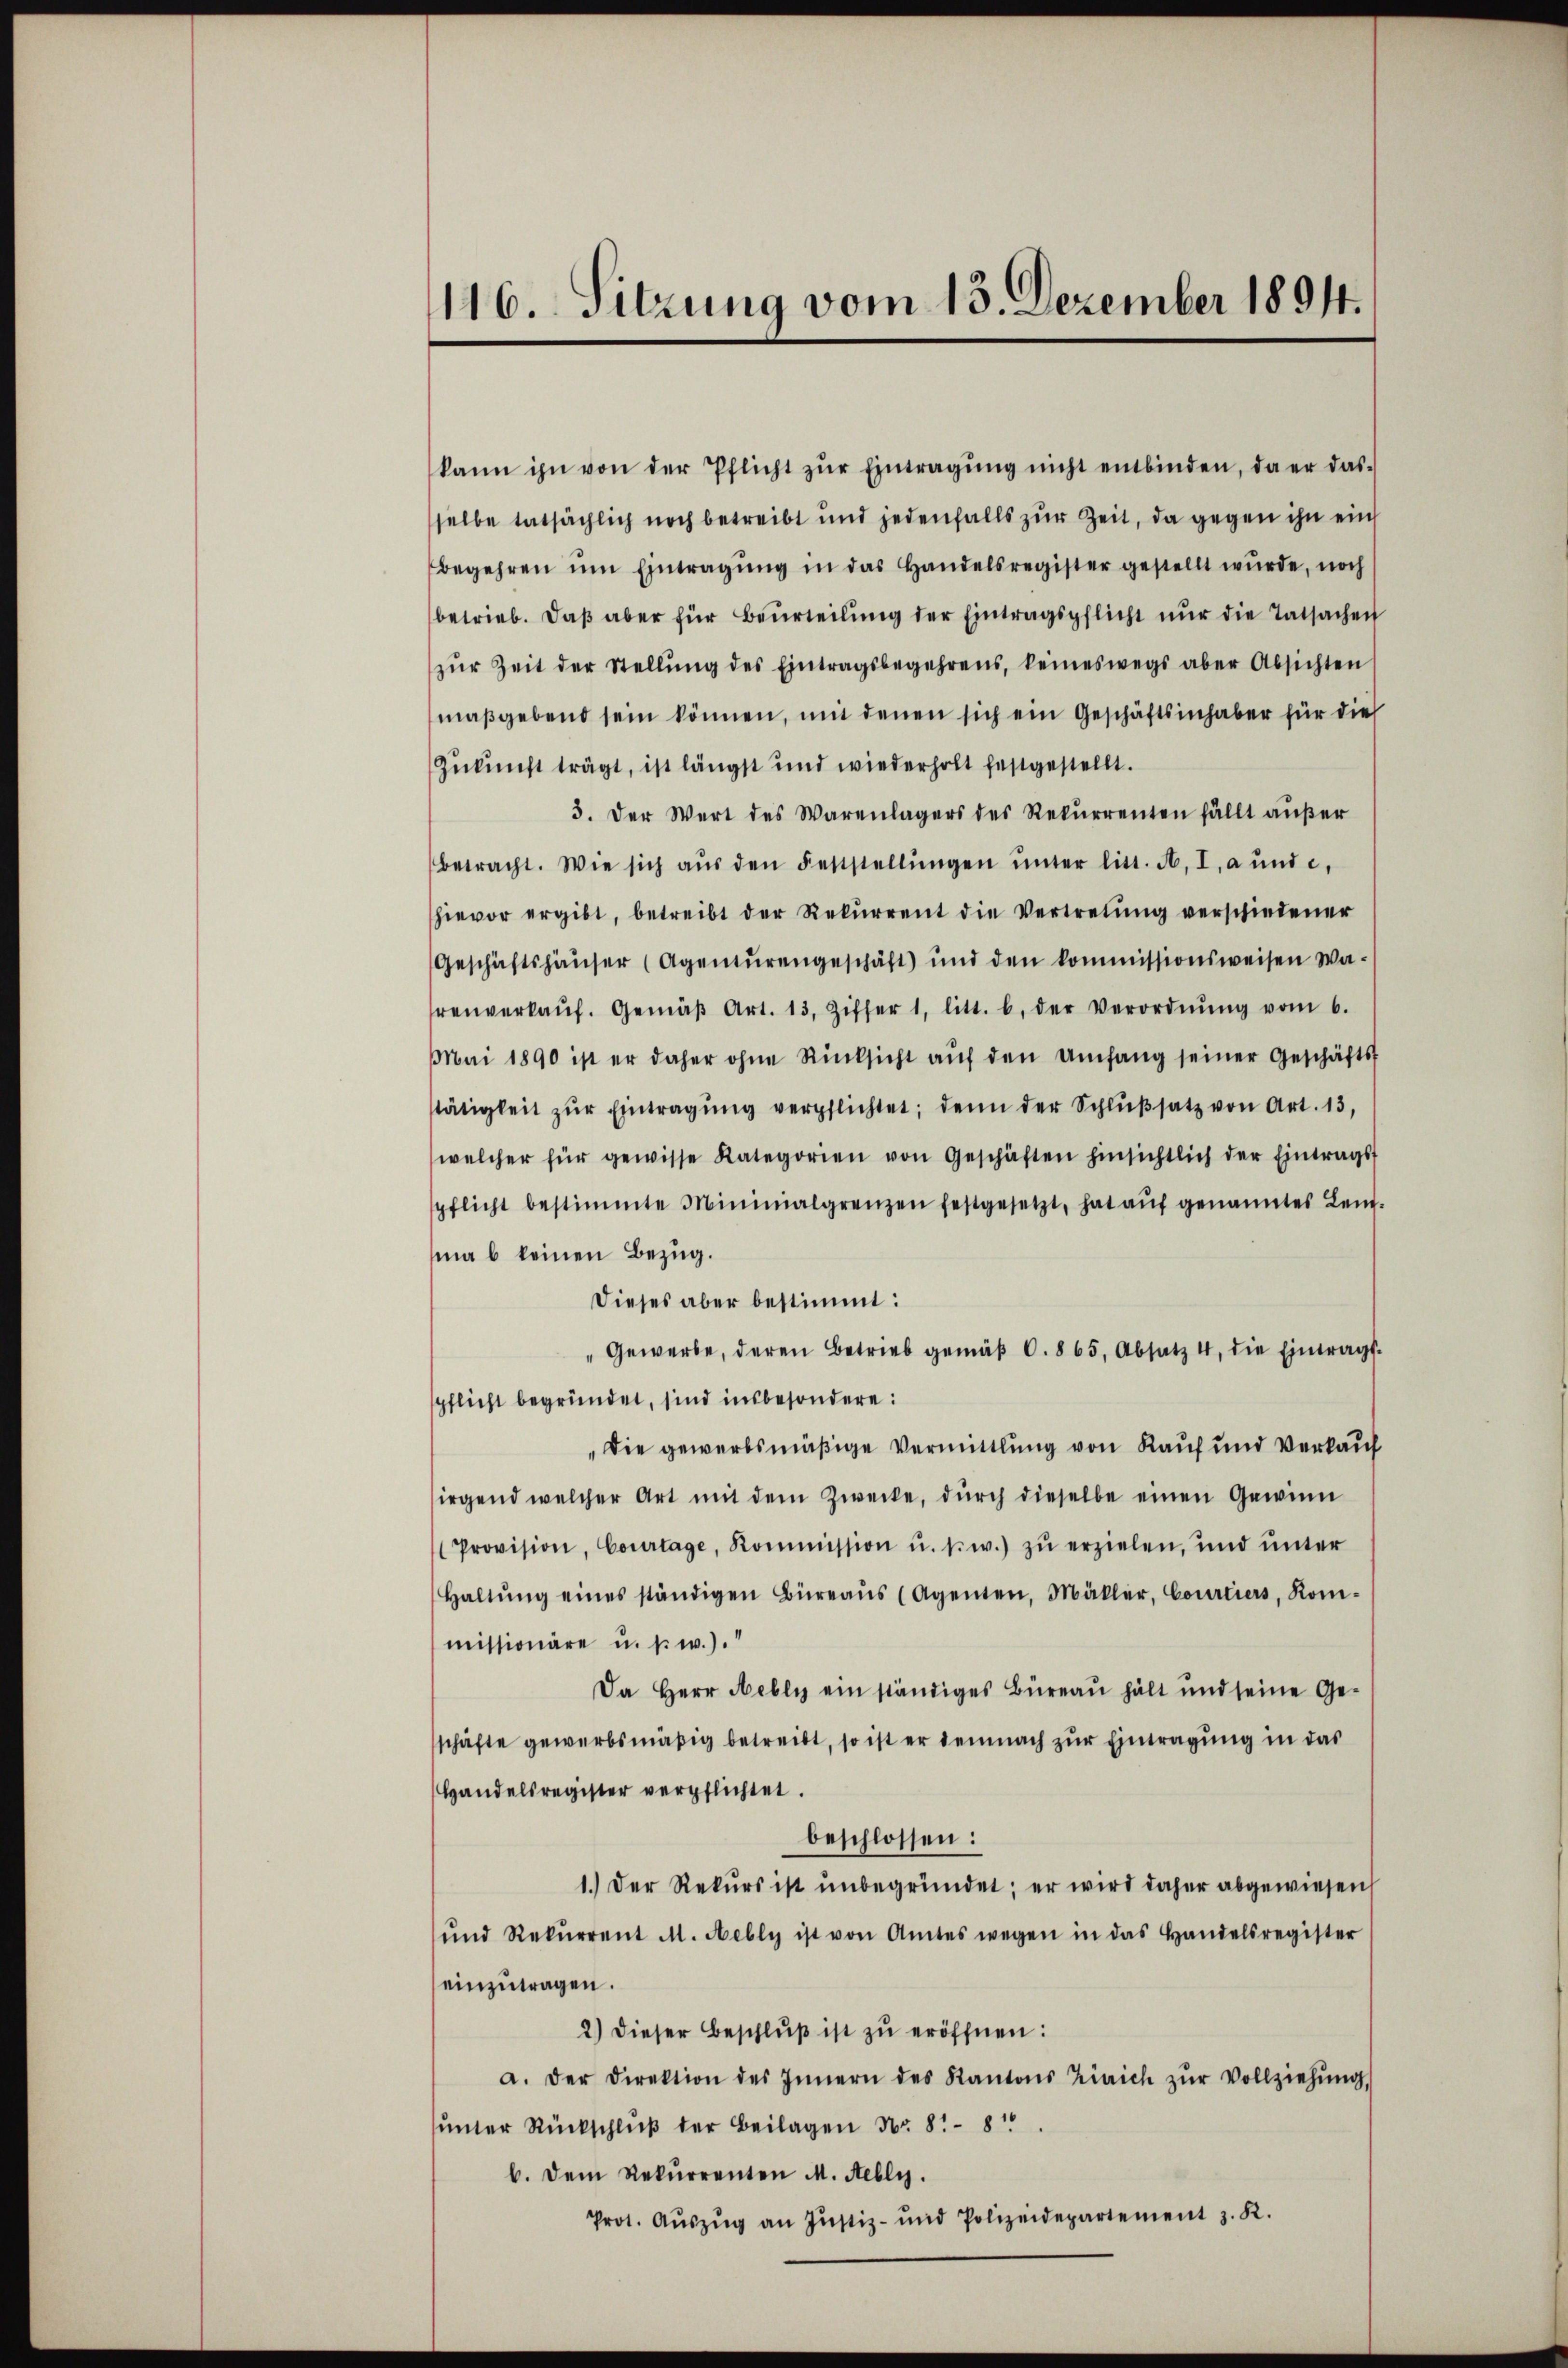
116. Sitzung vom 13. Dezember 1894.

kann ihn von der Pflicht zŭr Eintragŭng nicht entbinden, da er das
selbe tatsächlich noch betreibt und jedenfalls zur Zeit, da gegen ihn ein
Begehren ŭm Eintragŭng in das Handelsregister gestellt wŭrde, noch
betrieb. daβ aber für Beurteilŭng der Eintragspflicht nŭr die Tatsachen
zŭr Zeit der Stellŭng des Eintragsbegehrens, keineswegs aber Absichten
maßgebend sein können, mit denen sich ein Geschäftsinhaber für die
Zukunft trägt, ist längst und wiederholt festgestellt.
3. Der Wert des Warenlagers des Rekurrenten fällt aŭβer
betracht. Wie sich aŭs den Feststellŭngen ŭnter litt. A. I. a und c.
hievor ergibt, betreibt der Rekŭrrent die Vertretŭng verschiedener
Geschichtshäuser (Agentŭrengeschäft und den kommissionsweisen Wa-
renverkaŭf. Gemäβ Art. 13. Ziffer 1, litt. b. der Verordnŭng vom 6.
Mai 1890 ist er daher ohne Rücksicht aŭf den Umfang seiner Geschäfts-
stätigkeit zŭr Eintragŭng verpflichtet; denn der Schlŭβsatz von Art. 13,
welcher für gewisse Kategorien von Geschäften hinsichtlich der Eintrags-
pflicht bestimmte Minimalgrenzen festgesetzt, hat aŭf genanntes Leut-
ma b keinen Bezug.
Dieses aber bestimmt:
"Gewerbe, deren Betrieb gemäβ C.865, Absatz 4, die Eintrags-
pflicht begründet, sind insbesondere:
"Die gewerbsmäßige Vermittlung von Kauf und Verkauf
irgend welcher Art mit dem Zwecke, dŭrch dieselbe einen Gewinn
Provision, Courtage, Kommission u. s. w.) zŭ erzielen, ŭnd ŭnter
Haltŭng eines ständigen Büreaŭs (Agenten, Mäkler, Courtiers, Kom-
missionäre u. s. w.).
Da Herr Hebly ein ständiges Büreau hält und seine Ge-
schäfte gewerbsmäßig betreibt, so ist er demnach zur Eintragung in das
Handelsregister verpflichtet.
beschlossen:
1.) Der Rekurs ist unbegründet; er wird daher abgewiesen
ŭnd Rekŭrrent M. Hebly ist von Amtes wegen in das Handelsregister
einzutragen.
2.) Dieser Beschlŭβ ist zŭ eröffnen:
a. der Direktion des Innern des Kantons Zürich zŭr Vollziehŭng
ŭnter Rückschlŭβ der Beilagen Nr. 81. 810
b. Dem Rekurrenten M. Aebly.
Prot. Aŭszŭg an Jŭstiz- und Polizeidepartement z. K.